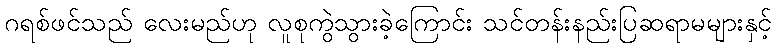
ဂရစ်ဖင်သည် လေးမည်ဟု လူစုကွဲသွားခဲ့ကြောင်း သင်တန်းနည်းပြဆရာမများနှင့်